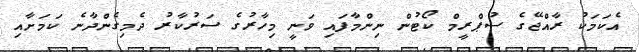
އެކަމަކު ރާއްޖޭގެ ސުޕްރީމް ކޯޓުން ނިންމާފައި ވަނީ މިހާރުގެ ސަރުކާރު ދެމިގެންދާނެ ކަމަށާއި